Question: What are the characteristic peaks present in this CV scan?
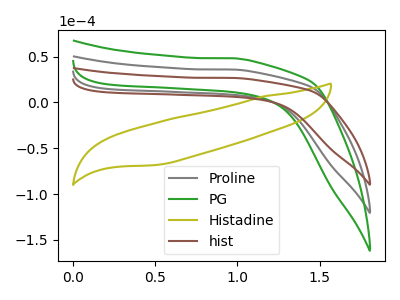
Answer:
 <answer>The gray curve "Proline" has no peaks. The green curve "PG" has no peaks. The olive curve "Histadine" has no peaks. The brown curve "hist" has no peaks.</answer>
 <eval></eval>